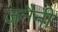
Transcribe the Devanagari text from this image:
जनैनी